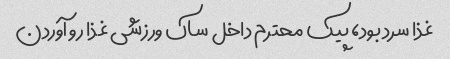
غذا سرد بود، پیک محترم داخل ساک ورزشی غذا رو آوردن